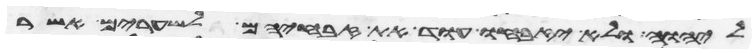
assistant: ליהוה ולא יזבחו עוד את זבחיהם לשערים אשר